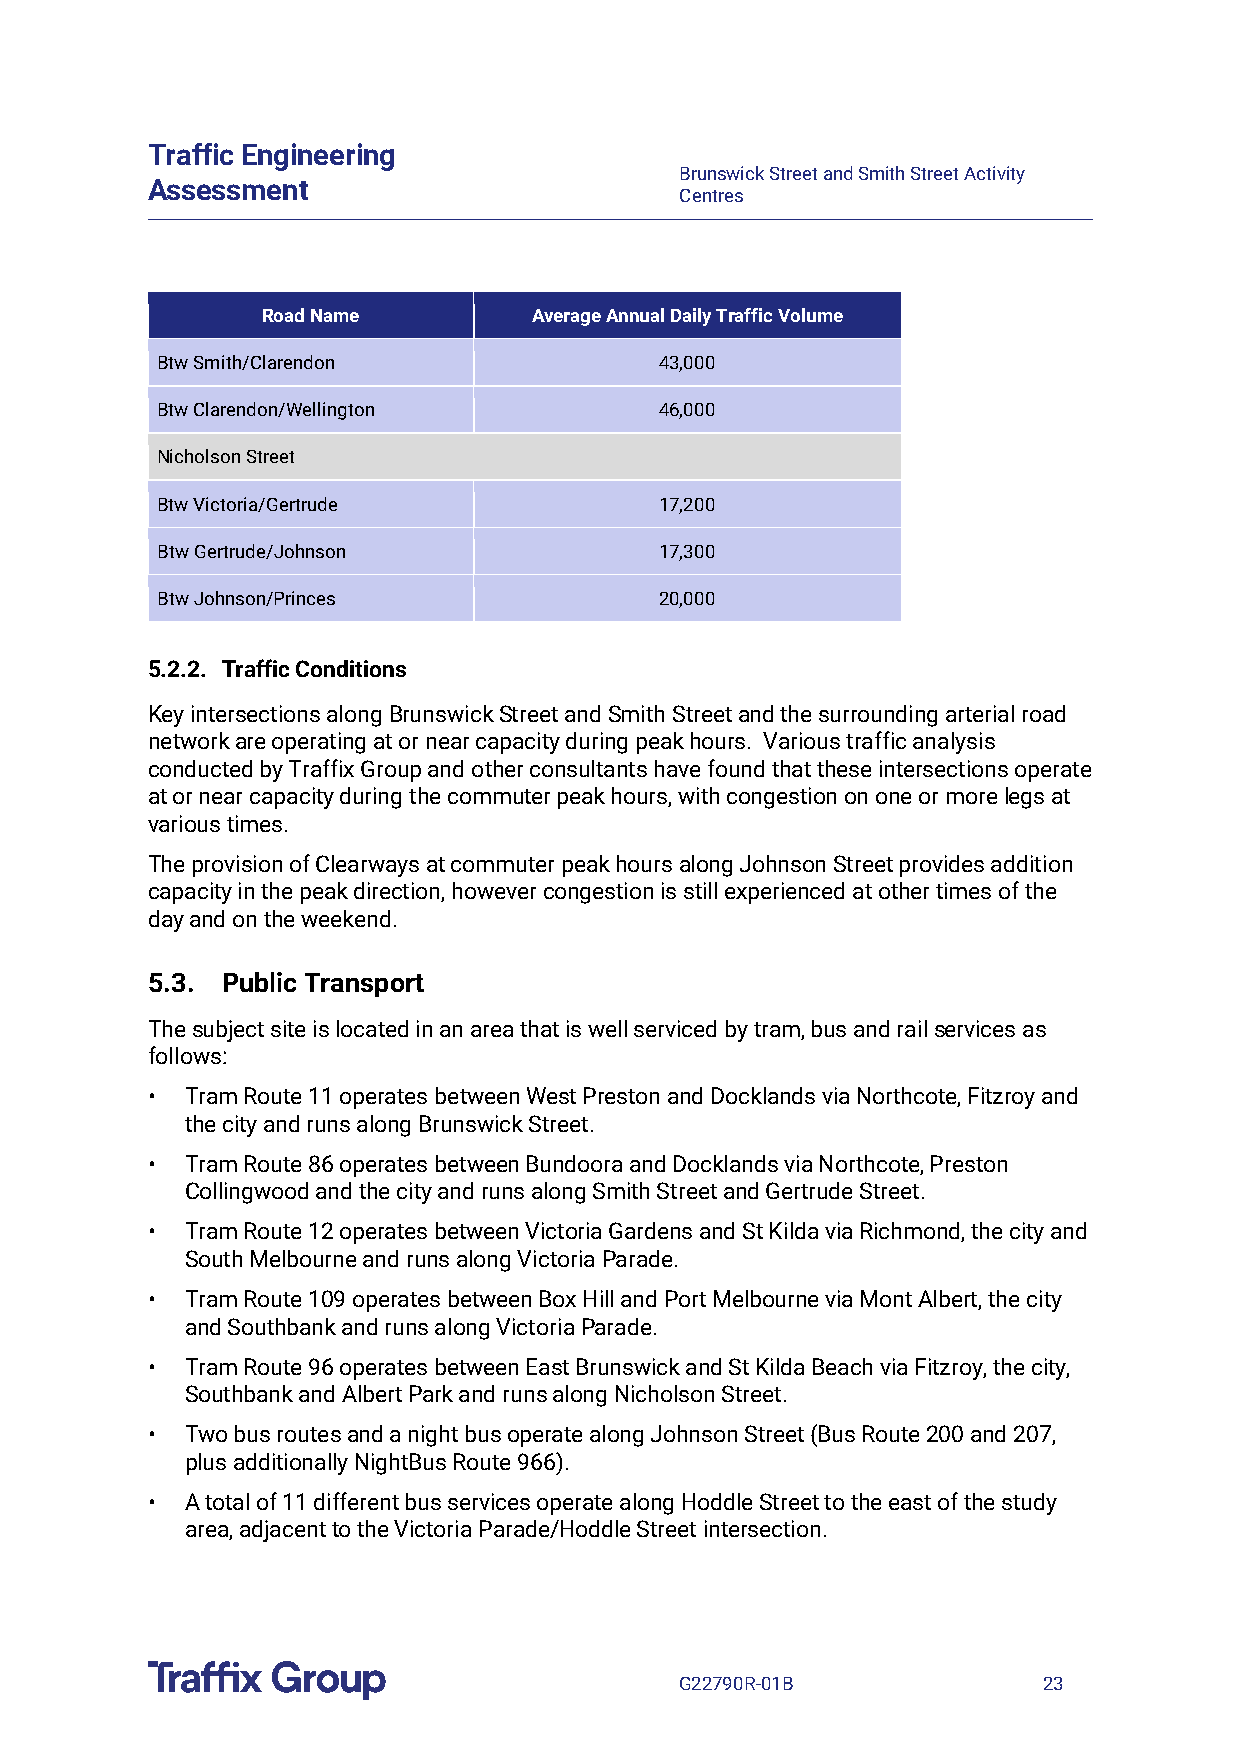
Traffic Engineering
 Brunswick Street and Smith Street Activity
 Assessment
 Centres
 Road Name         Average Annual Daily Traffic Volume
 Btw Smith/Clarendon               43,000
 Btw Clarendon/Wellington          46,000
 Nicholson Street
 Btw Victoria/Gertrude             17,200
 Btw Gertrude/Johnson              17,300
 Btw Johnson/Princes               20,000
 5.2.2. Traffic Conditions
 Key intersections along Brunswick Street and Smith Street and the surrounding arterial road
 network are operating at or near capacity during peak hours. Various traffic analysis
 conducted by Traffix Group and other consultants have found that these intersections operate
 at or near capacity during the commuter peak hours, with congestion on one or more legs at
 various times.
 The provision of Clearways at commuter peak hours along Johnson Street provides addition
 capacity in the peak direction, however congestion is still experienced at other times of the
 day and on the weekend.
 5.3. Public Transport
 The subject site is located in an area that is well serviced by tram, bus and rail services as
 follows:
 • Tram Route 11 operates between West Preston and Docklands via Northcote, Fitzroy and
 the city and runs along Brunswick Street.
 • Tram Route 86 operates between Bundoora and Docklands via Northcote, Preston
 Collingwood and the city and runs along Smith Street and Gertrude Street.
 • Tram Route 12 operates between Victoria Gardens and St Kilda via Richmond, the city and
 South Melbourne and runs along Victoria Parade.
 • Tram Route 109 operates between Box Hill and Port Melbourne via Mont Albert, the city
 and Southbank and runs along Victoria Parade.
 • Tram Route 96 operates between East Brunswick and St Kilda Beach via Fitzroy, the city,
 Southbank and Albert Park and runs along Nicholson Street.
 • Two bus routes and a night bus operate along Johnson Street (Bus Route 200 and 207,
 plus additionally NightBus Route 966).
 • A total of 11 different bus services operate along Hoddle Street to the east of the study
 area, adjacent to the Victoria Parade/Hoddle Street intersection.
 G22790R-01B             23